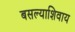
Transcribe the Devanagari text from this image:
बसल्याशिवाय